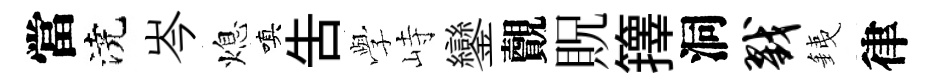
當澆岑熄嗔吿𫝯峙鑾覿貺籜洞戮銕律